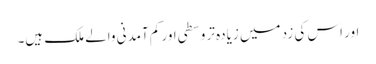
اور اس کی زد میں زیادہ تر وسطی اور کم آمدنی والے ملک ہیں۔